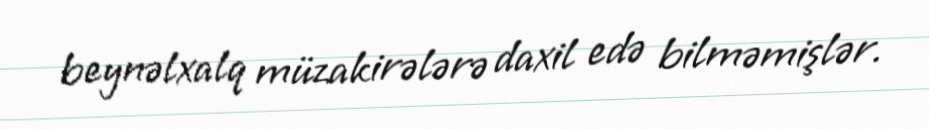
beynəlxalq müzakirələrə daxil edə bilməmişlər.